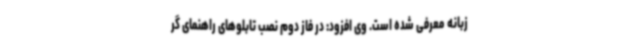
زبانه معرفی شده است. وی افزود: در فاز دوم نصب تابلوهای راهنمای گر